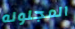
المجنونه